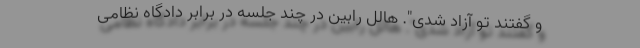
و گفتند تو آزاد شدی". هالل رابین در چند جلسه در برابر دادگاه نظامی